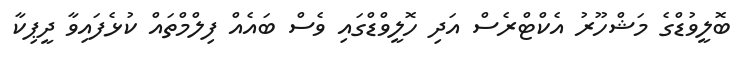
ބޮލީވުޑްގެ މަޝްހޫރު އެކްޓްރެސް އަދި ހޮލީވްޑްގައި ވެސް ބައެއް ފިލްމްތައް ކުޅެފައިވާ ދީޕިކާ